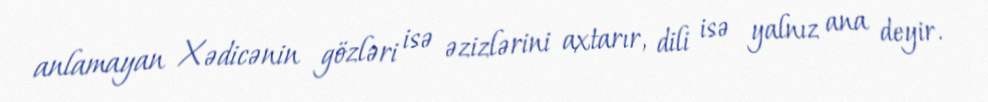
anlamayan Xədicənin gözləri isə əzizlərini axtarır, dili isə yalnız ana deyir.